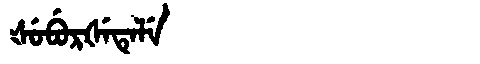
Manchu: ᡧᡠᠪᡠᡵᡧᡝᡨᡝᠯᡝ
Romanization: ŠUBURŠETELE